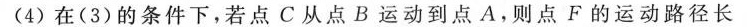
(4)在(3)的条件下，若点C从点B运动到点A.则点F的运动路径长